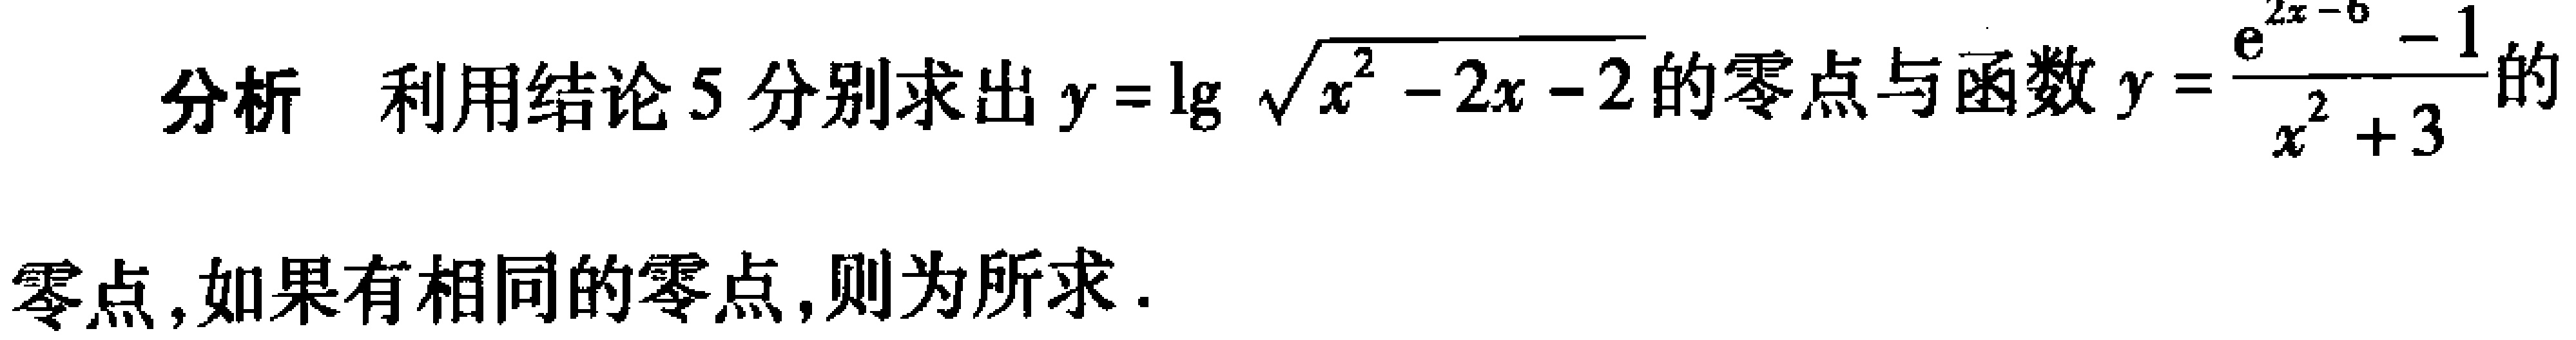
分析 利用结论5分别求出\(y = \lg\sqrt{x^{2} - 2x - 2}\)的零点与函数\(y = \frac{e^{2x - 5} - 1}{x^{2} + 3}\)的

零点，如果有相同的零点，则为所求.